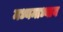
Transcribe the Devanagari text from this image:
मध्यमाध्याय